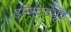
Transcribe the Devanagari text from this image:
इन्स्टिट्यूट